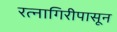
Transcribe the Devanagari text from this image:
रत्‍नागिरीपासून